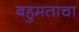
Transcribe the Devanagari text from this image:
बहुमताचा